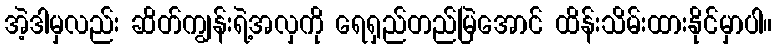
အဲ့ဒါမှလည်း ဆိတ်ကျွန်းရဲ့အလှကို ရေရှည်တည်မြဲအောင် ထိန်းသိမ်းထားနိုင်မှာပါ။